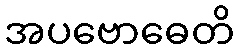
အပဗောဓေတိ